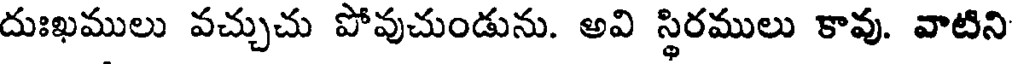
దుఃఖములు వచ్చుచు పోవుచుండును. అవి స్థిరములు కావు. వాటిని